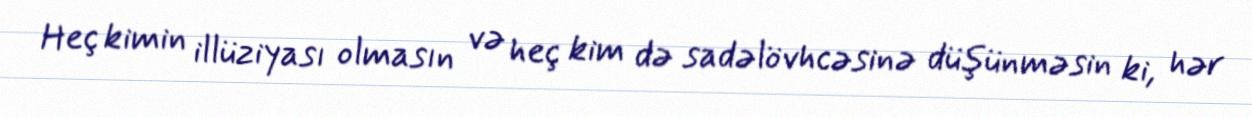
Heç kimin illüziyası olmasın və heç kim də sadəlövhcəsinə düşünməsin ki, hər